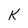
Character: K